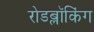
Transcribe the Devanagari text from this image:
रोडब्लॉकिंग